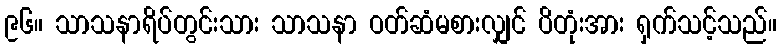
၉၆။ သာသနာရိပ်တွင်းသား သာသနာ ဝတ်ဆံမစားလျှင် ပိတုံးအား ရှက်သင့်သည်။